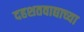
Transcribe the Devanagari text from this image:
दहशतवाद्याच्या